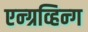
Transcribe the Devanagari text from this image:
एन्ग्रव्हिन्ग